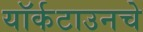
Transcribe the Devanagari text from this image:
यॉर्कटाउनचे